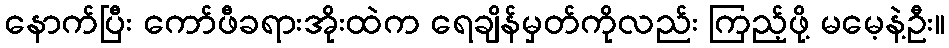
နောက်ပြီး ကော်ဖီခရားအိုးထဲက ရေချိန်မှတ်ကိုလည်း ကြည့်ဖို့ မမေ့နဲ့ဦး။